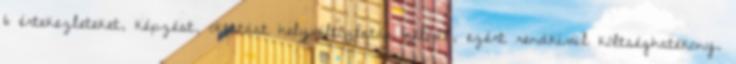
6 értekezleteket, képzést, oktatást helyváltoztatás nélkül, ezért rendkívül költséghatékony.